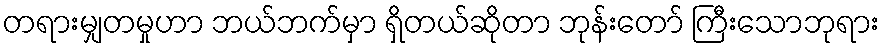
တရားမျှတမှုဟာ ဘယ်ဘက်မှာ ရှိတယ်ဆိုတာ ဘုန်းတော် ကြီးသောဘုရား